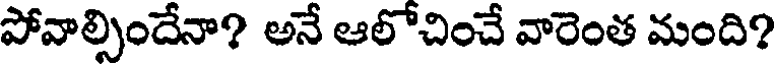
పోవాల్సిందేనా? అనే ఆలోచించే వారెంత మంది?